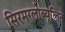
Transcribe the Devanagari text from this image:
सिरमग्लोब्यूलिन